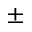
\pm